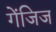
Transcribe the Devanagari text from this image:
गेंजिज